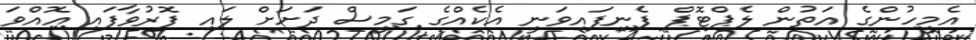
އެމީހުންގެ އަތުން ލެޕްޓޮޕް ފެނިފައިވަނީ އެކެއްގެ ގަމީސް ދަށަށް ލައި ފޮރުވާފައި އޮއްވަ